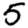
Digit: 5